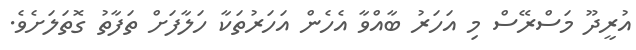
އުރީދޫ މަސްރޭސް މި އަހަރު ބާއްވާ އެހެން އަހަރުތަކާ ހަލާފަށް ތަފާތު ގޮތަލަށެވެ.